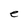
Character: e